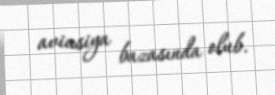
aviasiya bazasında olub.